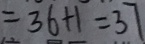
= 3 6 + 1 = 3 7